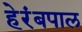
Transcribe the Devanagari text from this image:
हेरंबपाल